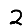
Digit: 2